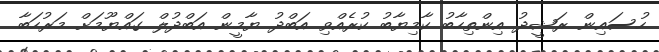
ހުސައިން ރަޝީދު އިންތިހާބު ކާމިޔާބު ކުރެއްވި އަބްދު ޔާމީން އަބްދުލް ގައްޔޫމަށް މަރުހަބާ